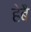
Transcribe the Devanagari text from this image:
हेबै